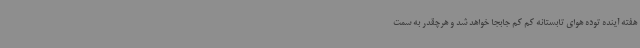
هفته آینده توده هوای تابستانه کم کم جابجا خواهد شد و هرچقدر به سمت